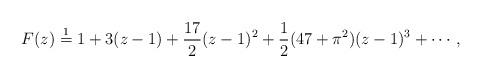
LaTeX: \begin{align*}F(z) \stackrel{1}{=} 1 + 3(z-1) + \frac{17}{2} (z-1)^2 + \frac{1}{2}(47 + \pi^2) (z-1)^3 + \cdots,\end{align*}